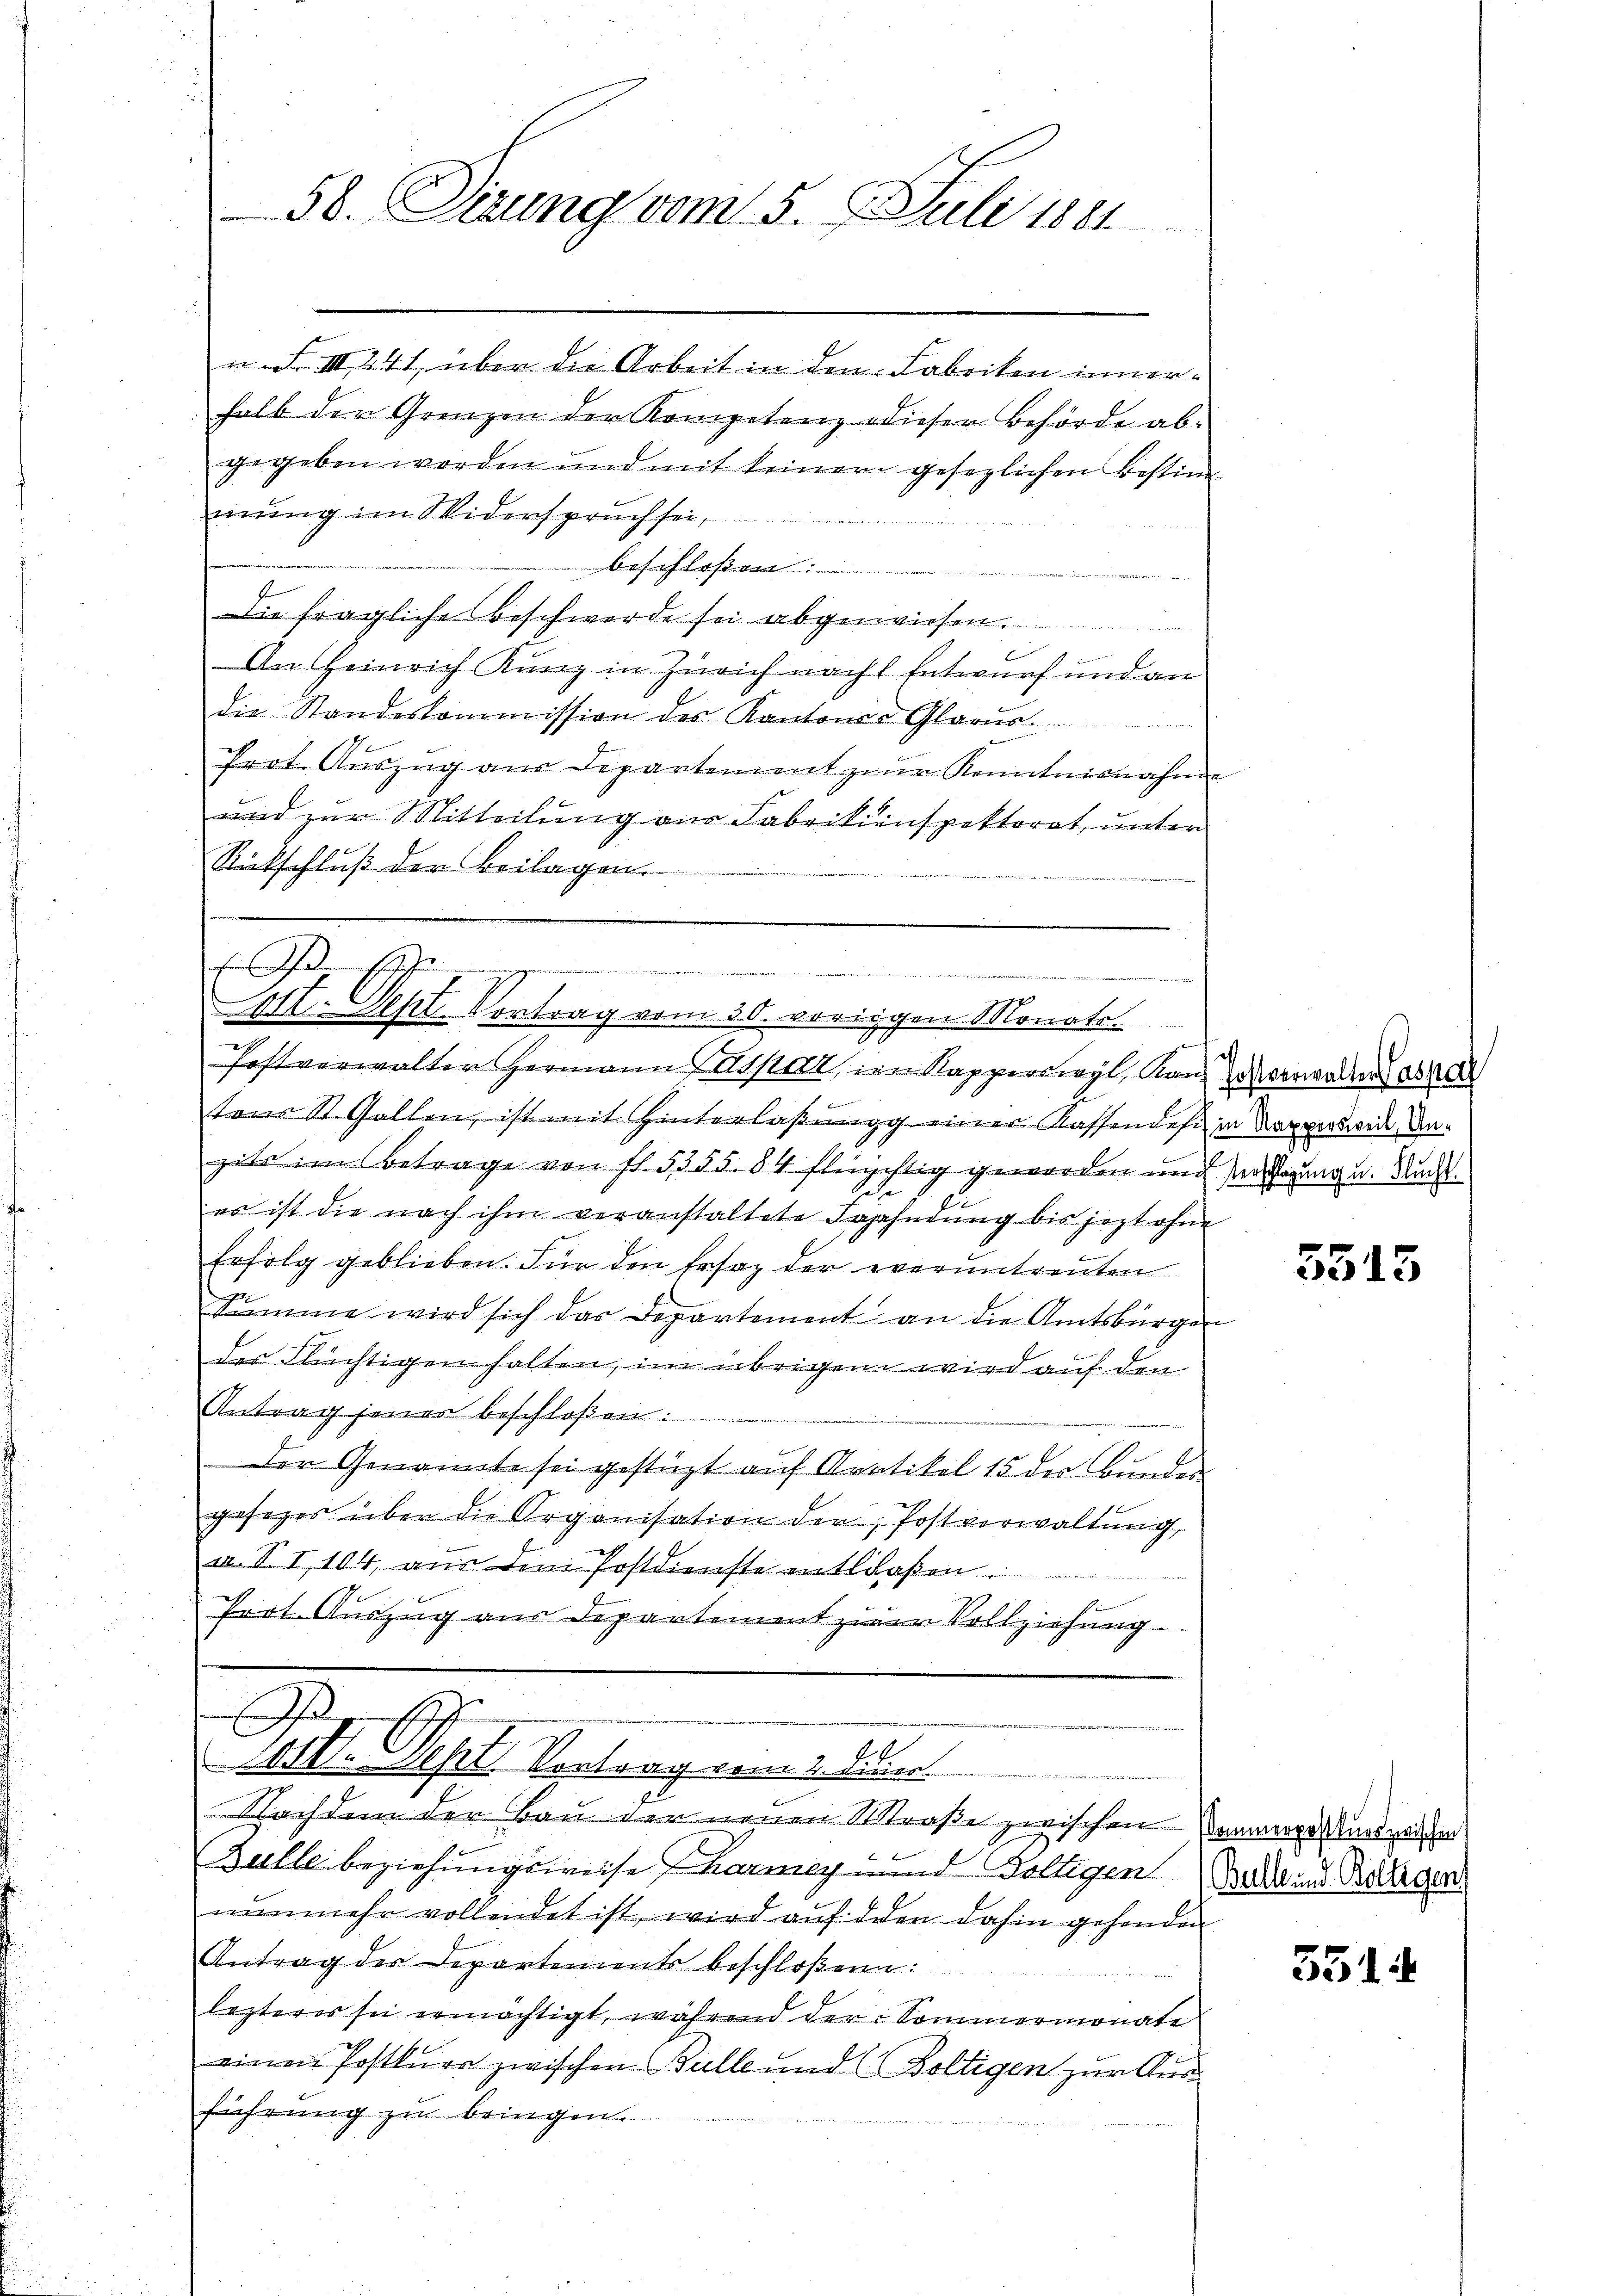
58. Sitzung vom 5. Juli 1881

a S. III 241, über die Arbeit in den Fabriken innerhalb der Grenzen der Kompetenz dieser Behörde abgegeben worden und mit keiner gesezlichen Bestim-
mung im Widerspruch sei,
beschloß
die fragliche Beschwerde sei abgewiesen.
An Heinrich Kunz in Zürich nacht Entwurf und an
die Standeskommission des Kantones Glarus.
Prot. Aŭszŭg aŭs Departement zur Kenntnisnahme
und zur Mitteilung aus Fabrikinspektorat, unter
Rückschluß der Beilagen.
tons St. Gallen, ist mit Hinterlaβŭngg einer Kassendesi in Kapperswie Anzite im Betrage von fl. 5355. 84 flüchtig geworden und Verfügung u. Ruch
Gehe
es ist die nach ihm veranstaltete Fahndung bis jezt ohne
Erfolg geblieben. Für den Ersatz der everuntreuten
Summe wird sich das Departement an die Amtsbürger
des Flüchtigen halten, im übrigen wird auf den
Antrag jener beschloßen:
Der Genannte sei gestüzt auf Artikel 15 der Bundes
gesezes über die Organisation der Postverwaltŭng
u. II 104 aus dem Postdienste entlilaßen.
Pert. Auszug aus Departement zum Vollziehung.

G
u 1 1/2 1227, a. ad 2, 132 unter Berat
-Apl. Vortrag vom 30. vorigen Monate
e
.
Postverwalter Hermann Paspar, im Rapperswyl, Kan¬

G
e
VIII. Sept. Vortrag vom 2. Dien
Nachdem der Bau der neuen Straße zwischen Sammerge und weichen

Bulle beziehungsweise harmey und Voltigen Zahl in Belegen
nunmehr vollendet ist, wird auf den dahin gehenden
Antrag der Departements beschloßen:
lezteres sei ermächtigt, während der Sommermonate
einen Postkuor zwischen Balle und (Boltigen zur Ausführung zu bringen.

Postverwalter Caspa

5515

5514